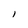
Character: l